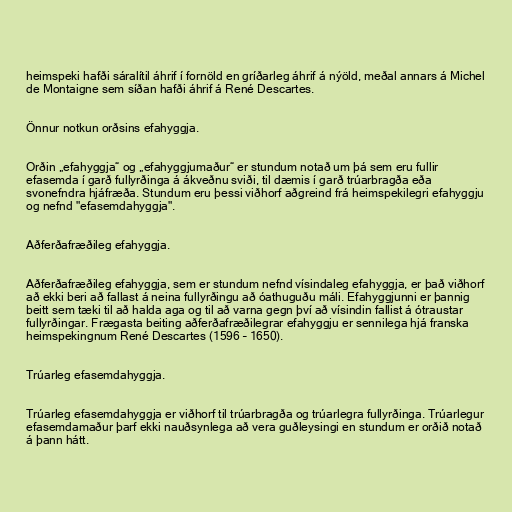
heimspeki hafði sáralítil áhrif í fornöld en gríðarleg áhrif á nýöld, meðal annars á Michel
de Montaigne sem síðan hafði áhrif á René Descartes.

Önnur notkun orðsins efahyggja.

Orðin „efahyggja“ og „efahyggjumaður“ er stundum notað um þá sem eru fullir
efasemda í garð fullyrðinga á ákveðnu sviði, til dæmis í garð trúarbragða eða
svonefndra hjáfræða. Stundum eru þessi viðhorf aðgreind frá heimspekilegri efahyggju
og nefnd "efasemdahyggja".

Aðferðafræðileg efahyggja.

Aðferðafræðileg efahyggja, sem er stundum nefnd vísindaleg efahyggja, er það viðhorf
að ekki beri að fallast á neina fullyrðingu að óathuguðu máli. Efahyggjunni er þannig
beitt sem tæki til að halda aga og til að varna gegn því að vísindin fallist á ótraustar
fullyrðingar. Frægasta beiting aðferðafræðilegrar efahyggju er sennilega hjá franska
heimspekingnum René Descartes (1596 – 1650).

Trúarleg efasemdahyggja.

Trúarleg efasemdahyggja er viðhorf til trúarbragða og trúarlegra fullyrðinga. Trúarlegur
efasemdamaður þarf ekki nauðsynlega að vera guðleysingi en stundum er orðið notað
á þann hátt.